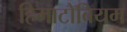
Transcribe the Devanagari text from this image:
हिमाटोबियम